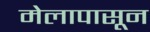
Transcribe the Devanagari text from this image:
मेलापासून